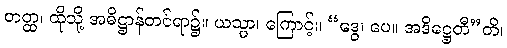
တတ္ထ၊ ထိုသို့ အဓိဋ္ဌာန်တင်ရာ၌။ ယသ္မာ၊ ကြောင့်။ “ဒွေ၊ ပေ။ အဒိဋ္ဌေတီ”တိ၊